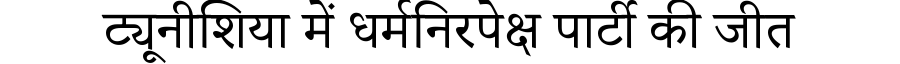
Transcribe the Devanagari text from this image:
ट्यूनीशिया में धर्मनिरपेक्ष पार्टी की जीत